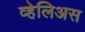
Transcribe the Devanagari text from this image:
व्हेलिअस